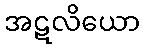
အဋလိယော